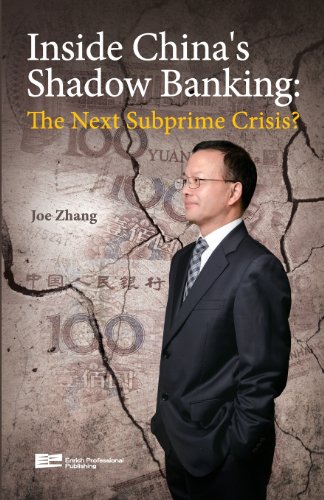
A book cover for Inside China's Shadow Banking: The Next Subprime Crisis; Joe Zhang; Business & Money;